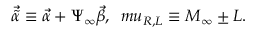
{ \vec { \tilde { \alpha } } } \equiv { \vec { \alpha } } + \Psi _ { \infty } { \vec { \beta } } , \ \, m u _ { R , L } \equiv M _ { \infty } \pm L .